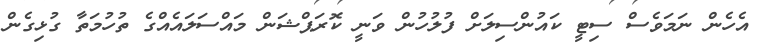
އެހެން ނަމަވެސް ސިޓީ ކައުންސިލަށް ފުލުހުން ވަނީ ކޮރަޕްޝަން މައްސަލައެއްގެ ތުހުމަތާ ގުޅިގެން